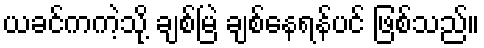
ယခင်ကကဲ့သို့ ချစ်မြဲ ချစ်နေရန်ပင် ဖြစ်သည်။